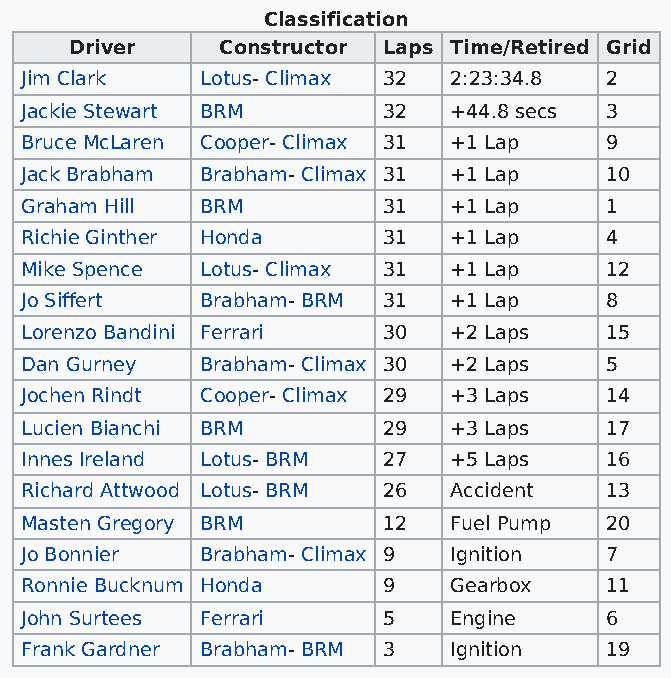
Classification
 Driver    Constructor Laps Time/Retired Grid
 Jim Clark   Lotus- Climax 32 2:23:34.8 2
 Jackie Stewart BRM      32   +44.8 secs 3
 Bruce McLaren Cooper- Climax 31 +1 Lap 9
 Jack Brabham Brabham- Climax 31 +1 Lap 10
 Graham Hill BRM         31   +1 Lap    1
 Richie Ginther Honda    31   +1 Lap    4
 Mike Spence Lotus- Climax 31 +1 Lap    12
 Jo Siffert  Brabham- BRM 31  +1 Lap    8
 Lorenzo Bandini Ferrari 30   +2 Laps   15
 Dan Gurney  Brabham- Climax 30 +2 Laps 5
 Jochen Rindt Cooper- Climax 29 +3 Laps 14
 Lucien Bianchi BRM      29   +3 Laps   17
 Innes Ireland Lotus- BRM 27  +5 Laps   16
 Richard Attwood Lotus- BRM 26 Accident 13
 Masten Gregory BRM      12   Fuel Pump 20
 Jo Bonnier  Brabham- Climax 9 Ignition 7
 Ronnie Bucknum Honda    9    Gearbox   11
 John Surtees Ferrari    5    Engine    6
 Frank Gardner Brabham- BRM 3 Ignition  19